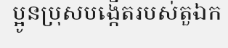
ប្អូនប្រុសបង្កើតរបស់តួឯក